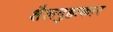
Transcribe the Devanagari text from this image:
शैलगुहाकार